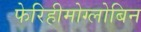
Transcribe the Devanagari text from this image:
फेरिहीमोग्लोबिन